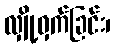
လျှို့ဝှက်ခြင်း၊